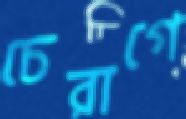
চেরাগে